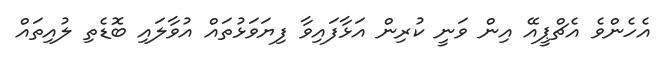
އެހެންވެ އެޗްޕީއޭ އިން ވަނީ ކުރިން އަޅާފައިވާ ފިޔަވަޅުތައް އުވާލައި ބޮޑެތި ލުއިތައް